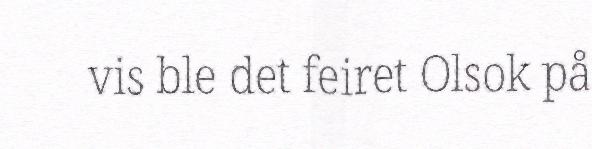
vis ble det feiret Olsok på